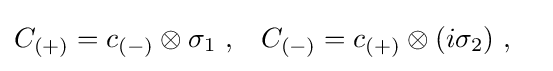
{\begin{aligned}C_{(+)}&=c_{(-)}\otimes \sigma _{1}~,&C_{(-)}&=c_{(+)}\otimes (i\sigma _{2})~,\end{aligned}}